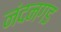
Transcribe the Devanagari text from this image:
नंदनगड